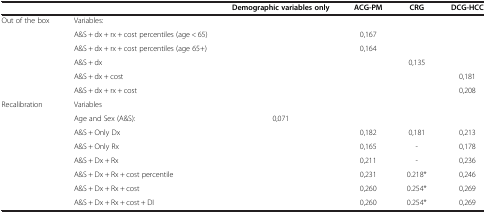
<table><thead><tr><td><b> </b></td><td><b> </b></td><td><b>Demographic variables only</b></td><td><b>ACG-PM</b></td><td><b>CRG</b></td><td><b>DCG-HCC</b></td></tr></thead><tbody><tr><td>Out of the box</td><td>Variables:</td><td> </td><td> </td><td> </td><td> </td></tr><tr><td> </td><td>A&amp;S + dx + rx + cost percentiles (age &lt; 65)</td><td> </td><td>0,167</td><td> </td><td> </td></tr><tr><td> </td><td>A&amp;S + dx + rx + cost percentiles (age 65+)</td><td> </td><td>0,164</td><td> </td><td> </td></tr><tr><td> </td><td>A&amp;S + dx</td><td> </td><td> </td><td>0,135</td><td> </td></tr><tr><td> </td><td>A&amp;S + dx + cost</td><td> </td><td> </td><td> </td><td>0,181</td></tr><tr><td> </td><td>A&amp;S + dx + rx + cost</td><td> </td><td> </td><td> </td><td>0,208</td></tr><tr><td>Recalibration</td><td>Variables</td><td> </td><td> </td><td> </td><td> </td></tr><tr><td> </td><td>Age and Sex (A&amp;S):</td><td>0,071</td><td> </td><td> </td><td> </td></tr><tr><td> </td><td>A&amp;S + Only Dx</td><td> </td><td>0,182</td><td>0,181</td><td>0,213</td></tr><tr><td> </td><td>A&amp;S + Only Rx</td><td> </td><td>0,165</td><td>-</td><td>0,178</td></tr><tr><td> </td><td>A&amp;S + Dx + Rx</td><td> </td><td>0,211</td><td>-</td><td>0,236</td></tr><tr><td> </td><td>A&amp;S + Dx + Rx + cost percentile</td><td> </td><td>0,231</td><td>0.218*</td><td>0,246</td></tr><tr><td> </td><td>A&amp;S + Dx + Rx + cost</td><td> </td><td>0,260</td><td>0.254*</td><td>0,269</td></tr><tr><td> </td><td>A&amp;S + Dx + Rx + cost + DI</td><td> </td><td>0,260</td><td>0.254*</td><td>0,269</td></tr></tbody></table>